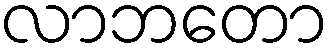
လာဘတော